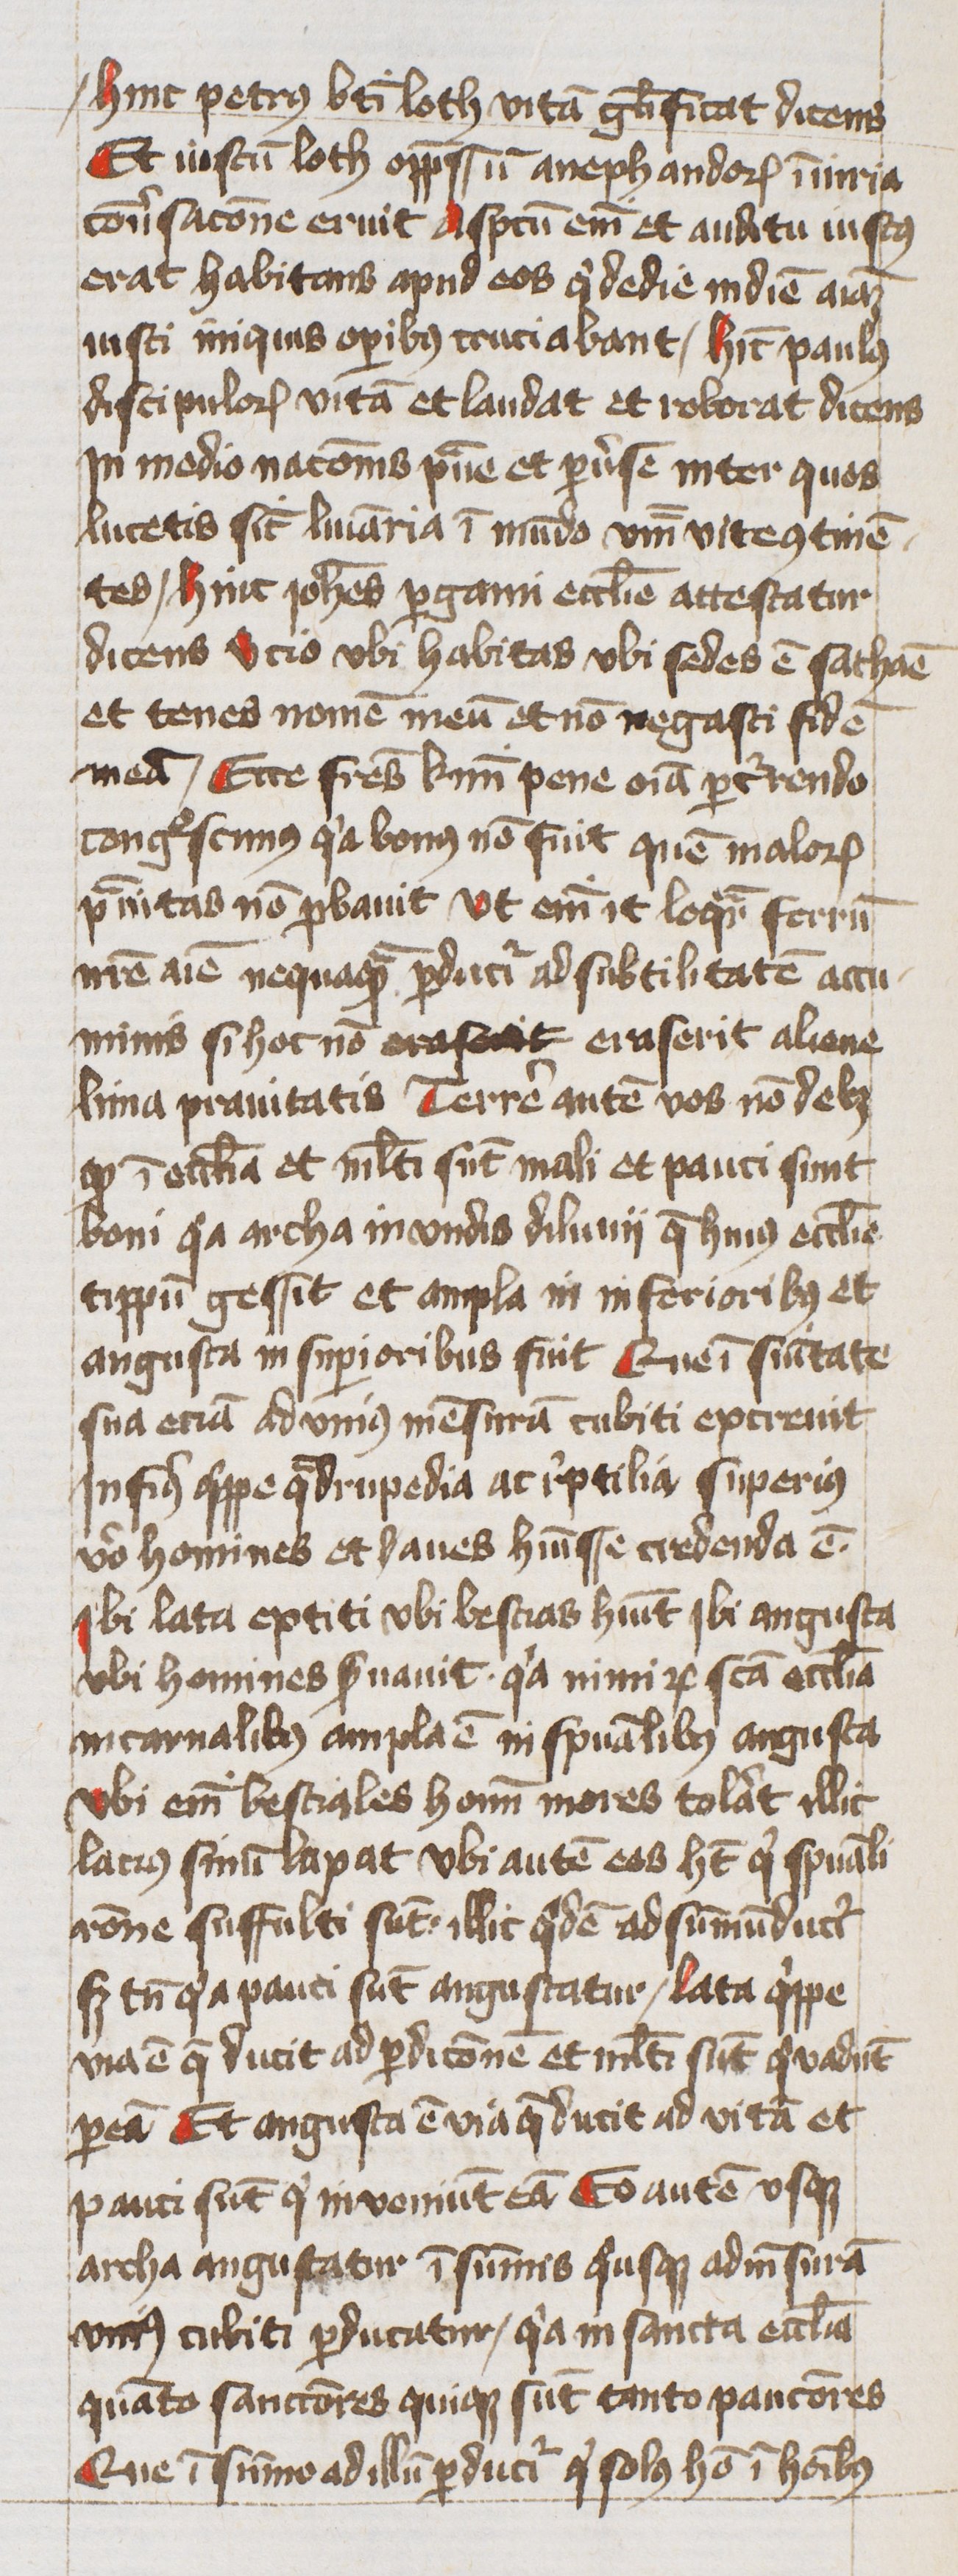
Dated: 1400–1449